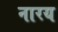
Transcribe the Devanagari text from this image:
नारय